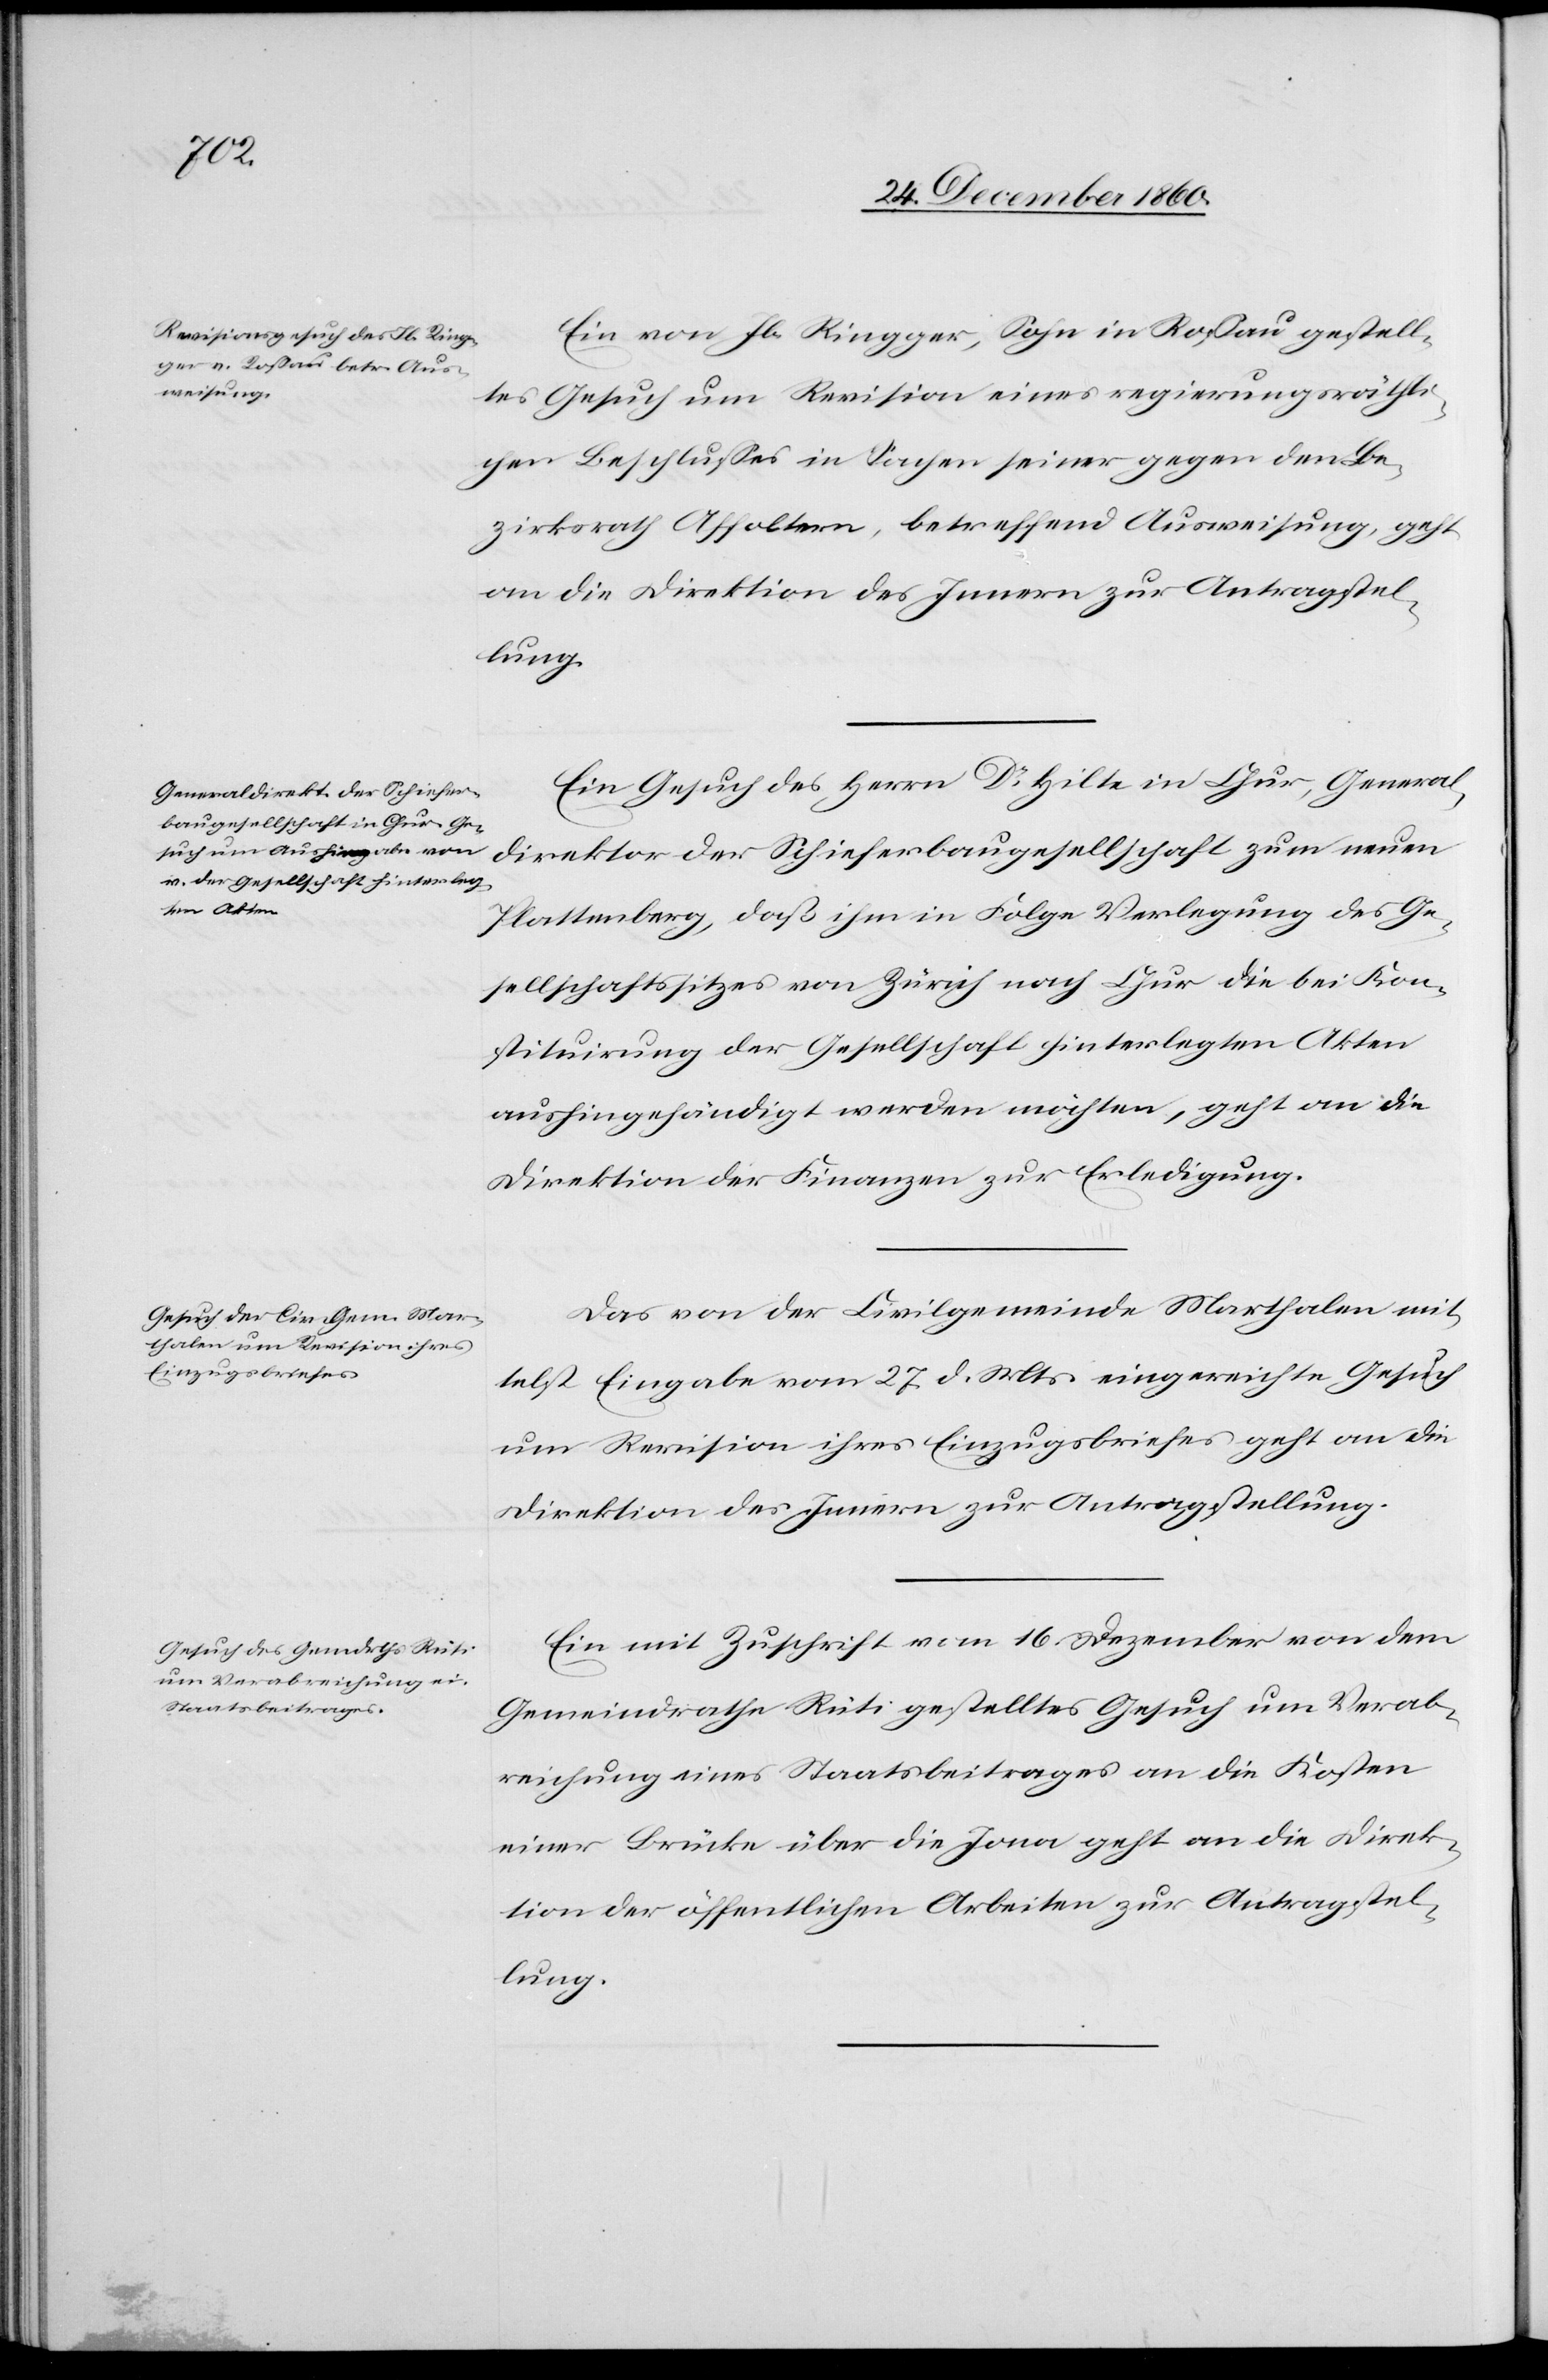
den

27. December 1860.]
Ein von Jb. Ringger, Sohn in Rossau gestell¬
tes Gesuch um Revision eines regierungsräthli¬
chen Beschlusses in Sachen seiner gegen den Be¬
zirksrath Affoltern, betreffend Ausweisung, geht
an die Direktion des Innern zur Antragstel¬
lung.
Ein Gesuch des Herrn Dr Hilte in Chur, General¬
direktor der Schieferbaugesellschaft zum neuen
Plattenberg, daß ihm in Folge Verlegung des Ge¬
sellschaftssitzes von Zürich nach Chur die bei Kon¬
stitiuirung der Gesellschaft hinterlegten Akten
aushingehändigt werden möchten, geht an die
Direktion der Finanzen zur Erledigung.
Das von der Civilgemeinde Marthalen mit¬
telst Eingabe vom 27. d. Mts. eingereichte Gesuch
um Revision ihres Einzugsbriefes geht an die
Direktion des Innern zur Antragstellung.
Ein mit Zuschrift vom 16. Dezember von dem
Gemeindrathe Rüti gestelltes Gesuch um Verab¬
reichung eines Staatsbeitrages an die Kosten
einer Brücke über die Jona geht an die Direk¬
tion der öffentlichen Arbeiten zur Antragstel¬
lung.